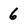
Character: 6